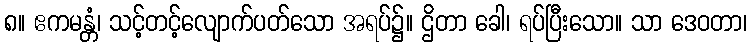
၈။ ဧကမန္တံ၊ သင့်တင့်လျောက်ပတ်သော အရပ်၌။ ဌိတာ ခေါ၊ ရပ်ပြီးသော။ သာ ဒေဝတာ၊